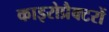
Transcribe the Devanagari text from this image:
काइरोप्रैक्टरों